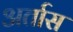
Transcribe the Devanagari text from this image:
अर्तास